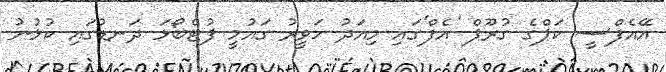
އޭއެފްސީ ކަޕްގެ ގުރޫޕް 'އެފް'ގައި މިއަދު ހަވީރު ގައުމީ ފުޓްބޯޅަ ދަނޑުގައި ކުޅުނު